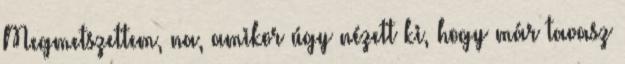
Megmetszettem, na, amikor úgy nézett ki, hogy már tavasz